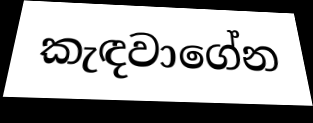
කැඳවාගේන